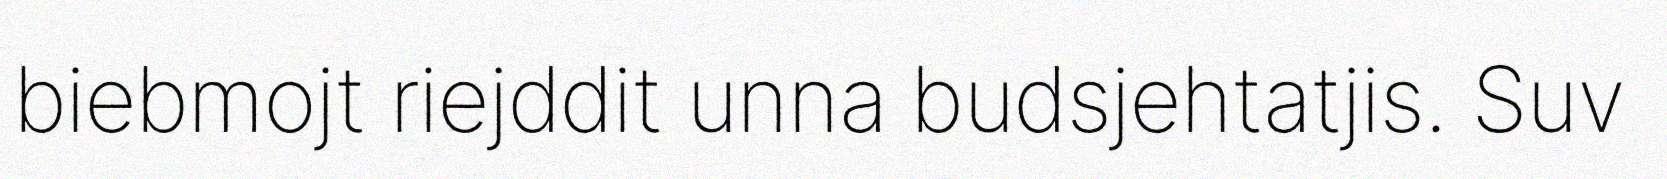
biebmojt riejddit unna budsjehtatjis. Suv